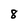
Character: 8